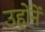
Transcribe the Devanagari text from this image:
उहोंनें